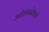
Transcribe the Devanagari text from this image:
आंध्रप्रदेशाचे